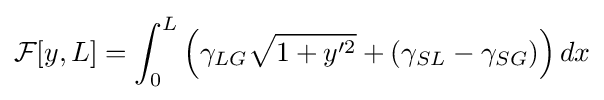
{\cal {F}}[y,L]=\int _{0}^{L}\left(\gamma _{LG}{\sqrt {1+y'^{2}}}+(\gamma _{SL}-\gamma _{SG})\right)dx